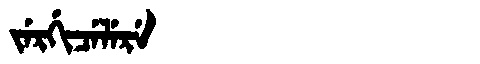
Manchu: ᠵᡝᡵᡤᡳᠴᡝᠯᡝᡵᡝ
Romanization: JERGICELERE